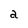
Character: a